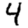
Digit: 4